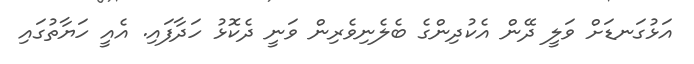
އަޅުގަނޑަށް ވަލީ ދޭން އެކުދިންގެ ބެލެނިވެރިން ވަނީ ދެކޮޅު ހަދާފައި. އެއީ ހަޔާތުގައި